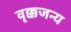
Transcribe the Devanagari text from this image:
वृक्कजन्य